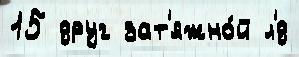
15 друг зат'яжно́й л'́д